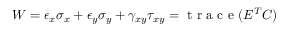
\begin{array} { r } { W = \epsilon _ { x } \sigma _ { x } + \epsilon _ { y } \sigma _ { y } + \gamma _ { x y } \tau _ { x y } = \mathrm { ~ t ~ r ~ a ~ c ~ e ~ } ( E ^ { T } C ) } \end{array}